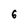
Character: 6